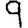
Digit: 9